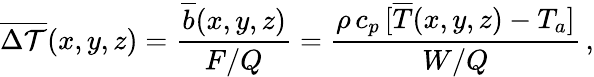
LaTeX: {\overline{{\Delta\mathcal{T}}}(x,y,z)}=\frac{\overline{{b}}(x,y,z)}{F/Q}=\frac{\rho\, c_{p}\, [\overline{{T}}(x,y,z)-T_{a}]}{W/Q}\, ,